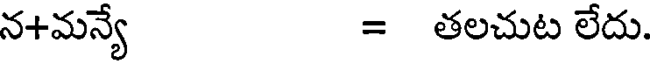
న+మన్యే = తలచుట లేదు.